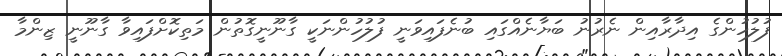
ފުލުހުންގެ އިދާރާއިން ނެރުނު ބަޔާނެއްގައި ބުނެފައިވަނީ ފުލުހުންނަކީ ގާނޫނީގޮތުން މަތިކޮށްފައިވާ ގާނޫނީ ޒިންމާ